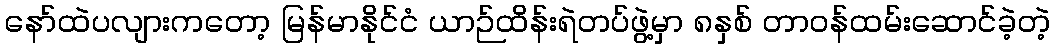
နော်ထဲပလျားကတော့ မြန်မာနိုင်ငံ ယာဉ်ထိန်းရဲတပ်ဖွဲ့မှာ ၈နှစ် တာဝန်ထမ်းဆောင်ခဲ့တဲ့